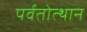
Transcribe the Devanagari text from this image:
पर्वतोत्‍थान